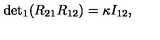
{ \det } _ { 1 } ( R _ { 2 1 } R _ { 1 2 } ) = \kappa I _ { 1 2 } ,